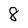
Character: 8